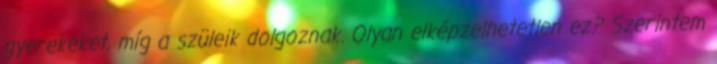
gyerekeket, míg a szüleik dolgoznak. Olyan elképzelhetetlen ez? Szerintem